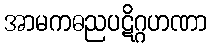
အာမကဓညပဋိဂ္ဂဟဏာ